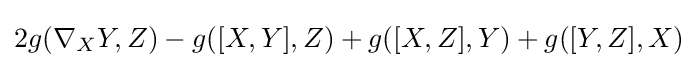
2g(\nabla _{X}Y,Z)-g([X,Y],Z)+g([X,Z],Y)+g([Y,Z],X)